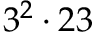
3 ^ { 2 } \cdot 2 3